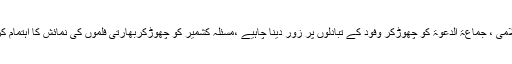
جماعت اسلامی ، جماعۃ الدعوۃ کو چھوڑکر وفود کے تبادلوں پر زور دینا چاہیے ،مسئلہ کشمیر کو چھوڑکربھارتی فلموں کی نمائش کا اہتمام کرنا چاہیے ۔